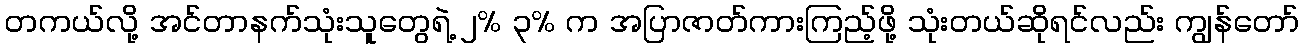
တကယ်လို့ အင်တာနက်သုံးသူတွေရဲ့ ၂% ၃% က အပြာဇာတ်ကားကြည့်ဖို့ သုံးတယ်ဆိုရင်လည်း ကျွန်တော်